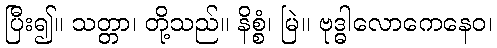
ပြီး၍။ သတ္တာ၊ တို့သည်။ နိစ္စံ၊ မြဲ။ ဗုဒ္ဓါလောကေနေဝ၊